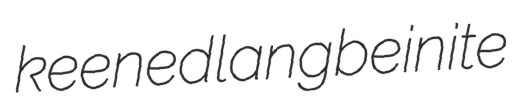
keened langbeinite